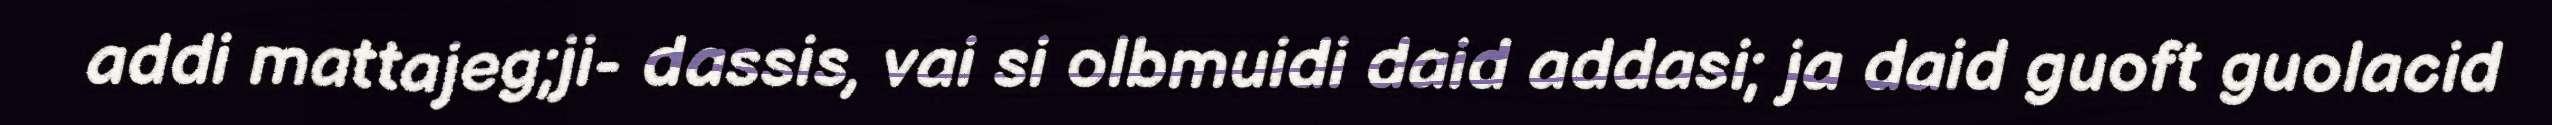
addi mattajeg;ji- dassis, vai si olbmuidi daid addasi; ja daid guoft guolacid